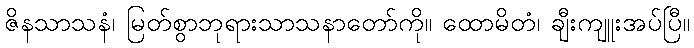
ဇိနသာသနံ၊ မြတ်စွာဘုရားသာသနာတော်ကို။ ထောမိတံ၊ ချီးကျူးအပ်ပြီ။